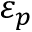
\varepsilon _ { p }